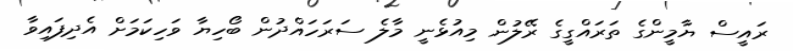
ރައީސް ޔާމީންގެ ތަރައްގީގެ ރޭލުން މިއުޅެނީ މާލެ ސަރަހައްދުން ބޯހިޔާ ވަހިކަމަށް އެދިފައިވާ